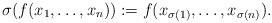
LaTeX: \begin{align*}\sigma(f(x_1,\dots, x_n)) := f(x_{\sigma(1)},\dots, x_{\sigma(n)}).\end{align*}